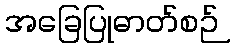
အခြေပြုဓာတ်စဉ်